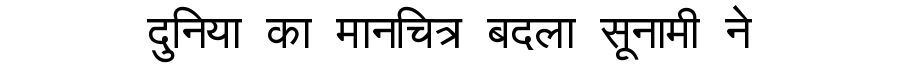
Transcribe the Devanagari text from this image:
दुनिया का मानचित्र बदला सूनामी ने